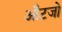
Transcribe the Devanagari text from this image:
औटजो